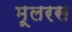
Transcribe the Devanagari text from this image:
मूलरस